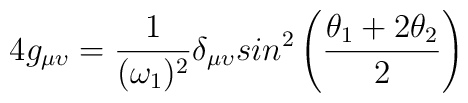
4g_{\mu \upsilon} = {1 \over (\omega_1)^2} \delta_{\mu\upsilon} sin ^2 \left({\theta_1 + 2\theta _2\over 2} \right)